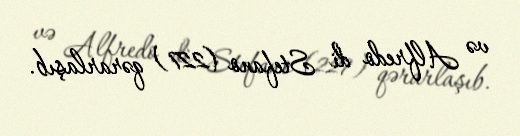
və Alfredo di Stefano (227) qərarlaşıb.